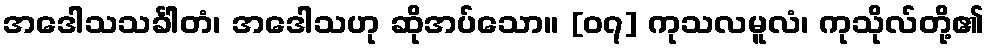
အဒေါသသင်္ခါတံ၊ အဒေါသဟု ဆိုအပ်သော။ [၀၇] ကုသလမူလံ၊ ကုသိုလ်တို့၏